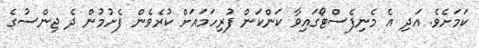
ކަމަށެވެ. އަދި އެ މެނިފެސްޓޯގައިވާ ކަންކަން ފުރިހަމައަށް ކުރެވެން ފެށުމުން ދެ ޖިންސުގެ